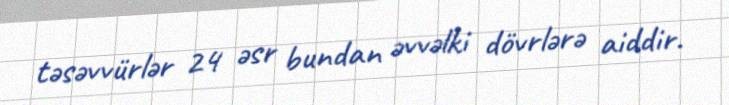
təsəvvürlər 24 əsr bundan əvvəlki dövrlərə aiddir.